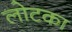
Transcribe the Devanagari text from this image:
लोटका